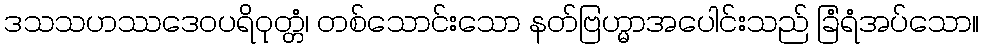
ဒသသဟဿဒေဝပရိဝုတ္တံ၊ တစ်သောင်းသော နတ်ဗြဟ္မာအပေါင်းသည် ခြံရံအပ်သော။